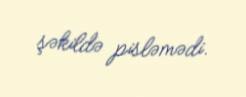
şəkildə pisləmədi.